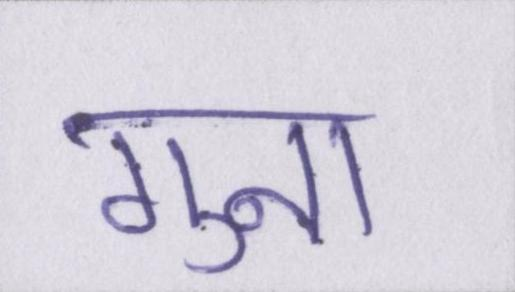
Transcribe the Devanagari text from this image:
गुना